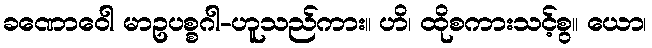
ခဏောဝေါ မာဥပစ္စဂါ-ဟူသည်ကား။ ဟိ၊ ထိုစကားသင့်စွ။ ယော၊